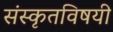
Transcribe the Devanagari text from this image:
संस्कृतविषयी